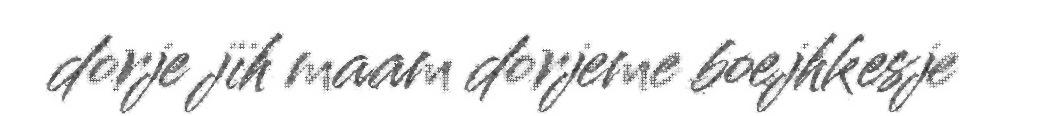
dorje jïh maam dorjeme boejhkesje